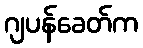
ဂျပန်ခေတ်က